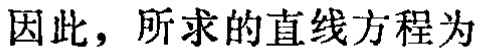
因此，所求的直线方程为